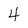
Character: 4